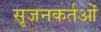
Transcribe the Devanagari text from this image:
सृजनकर्तओं